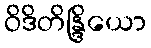
ဝိဒိတိန္ဒြိယော